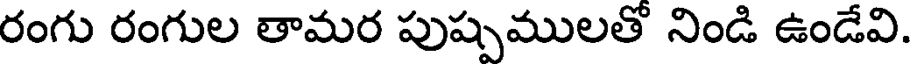
రంగు రంగుల తామర పుష్పములతో నిండి ఉండేవి.